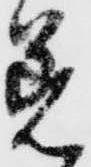
著